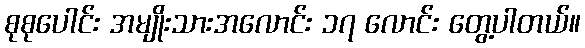
စုစုပေါင်း အမျိုးသားအလောင်း ၁၇ လောင်း တွေ့ပါတယ်။